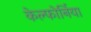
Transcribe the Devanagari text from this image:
केल्फोर्निया